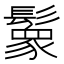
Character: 𩯙